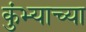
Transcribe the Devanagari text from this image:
कुंभ्याच्या